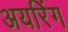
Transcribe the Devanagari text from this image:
अयरिंग